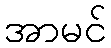
အာမင်